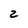
Character: 2